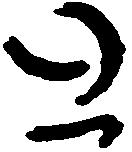
と